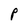
Character: P